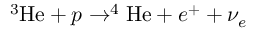
^ 3 \mathrm { H e } + p \rightarrow ^ { 4 } \mathrm { H e } + e ^ { + } + \nu _ { e }